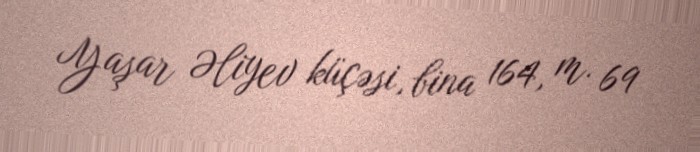
Yaşar Əliyev küçəsi, bina 164, m. 69